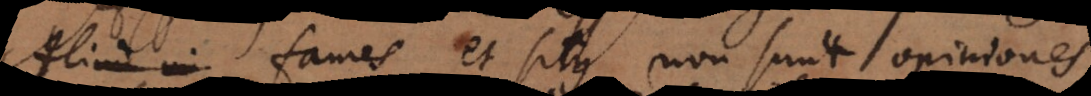
. Fames et sitis non sunt opiniones